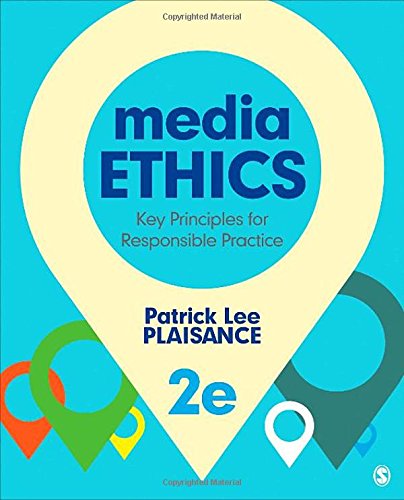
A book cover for Media Ethics: Key Principles for Responsible Practice; Patrick L. (Lee) Plaisance; Law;